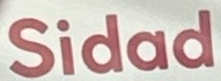
Sidad